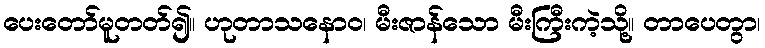
ပေးတော်မူတတ်၍။ ဟုတာသနောဝ၊ မီးဇာန်သော မီးကြီးကဲ့သို့။ တာပေတွာ၊